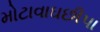
મોટાવાઘછીપા